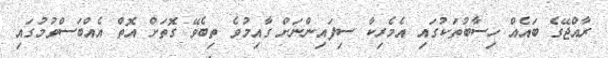
ރާއްޖޭގެ ބައެއް ހިސާބުތަކުގައި އެމެރިކާ ސިފައިންނަށް ގާއިމުވެ ތިބެވޭ ގޮތަށް އޮތް އެއްބަސްވުމުގައި